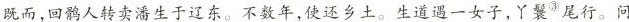
既而，回鹘人转卖潘生于辽东。不数年，使还乡土。生道遇一女子，丫鬟^{③}尾行。问